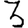
Digit: 3